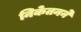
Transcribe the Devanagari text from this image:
निकेतनने